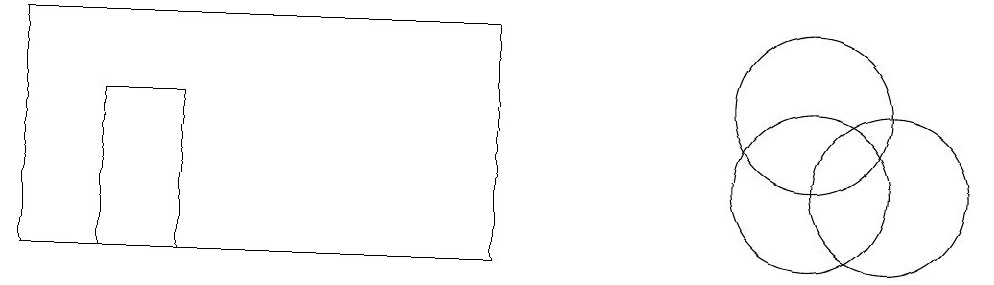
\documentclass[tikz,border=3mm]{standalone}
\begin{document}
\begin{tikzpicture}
\draw (6,13) rectangle (0,10);
\draw (11,11) circle (1);
\draw (10,12) circle (1);
\draw (2,12) rectangle (1,10);
\draw (10,11) circle (1);
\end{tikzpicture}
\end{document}